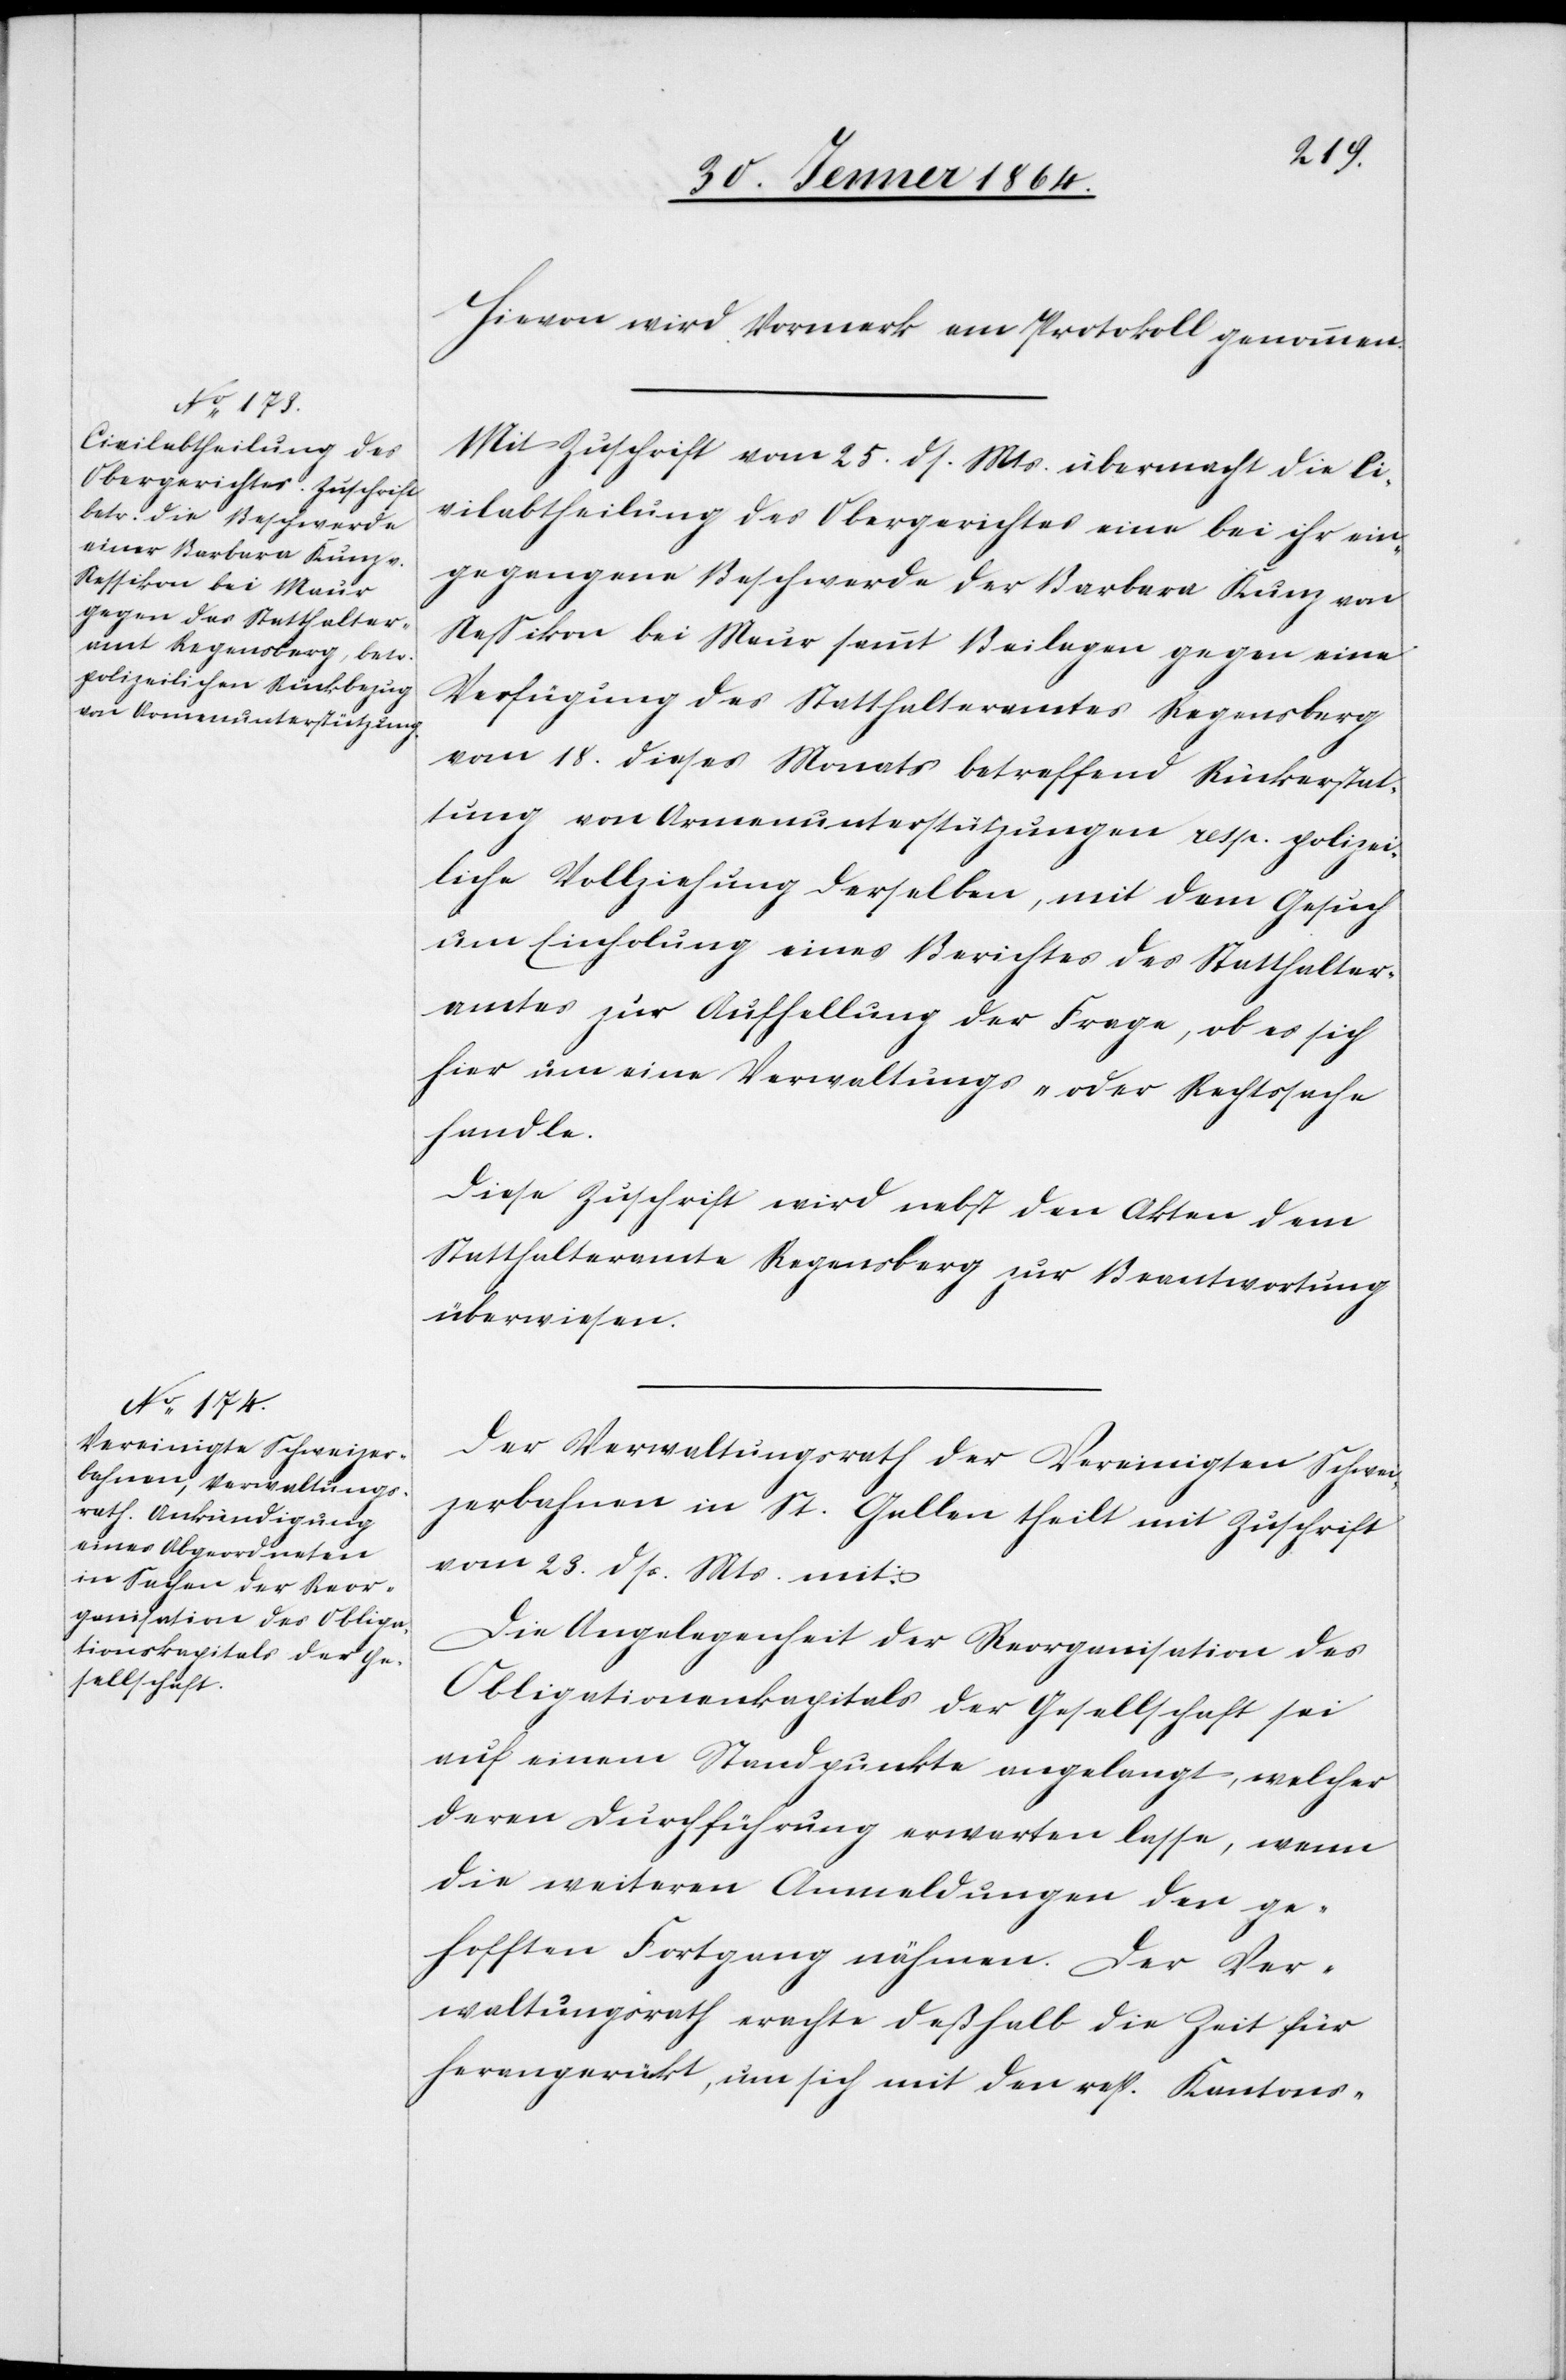
Hievon wird Vermerk am Protokoll genommen.
Mit Zuschrift vom 25. dss. Mts. übermacht die Ci¬
vilabtheilung des Obergerichtes eine bei ihr ein¬
gegangene Beschwerde der Barbara Kunz von
Nessikon bei Maur sammt Beilagen gegen eine
Verfügung des Statthalteramtes Regensberg
vom 18. dieses Monats betreffend Rückerstat¬
tung von Armenunterstützungen resp. polizei¬
liche Vollziehung derselben, mit dem Gesuch
um Einholung eines Berichtes des Statthalter¬
amtes zur Aufhellung der Frage, ob es sich
hier um eine Verwaltungs- oder Rechtssache
handle.
Diese Zuschrift wird nebst den Akten dem
Statthalteramte Regensberg zur Beantwortung
überwiesen.
Der Verwaltungsrath der Vereinigten Schwei¬
zerbahnen in St. Gallen theilt mit Zuschrift
vom 23. dss. Mts. mit:
Die Angelegenheit der Reorganisation des
Obligationenkapitals der Gesellschaft sei
auf einem Standpunkte angelangt, welcher
deren Durchführung erwarten lasse, wenn
die weiteren Anmeldungen den ge¬
hofften Fortgang nähmen. Der Ver¬
waltungsrath erachte deßhalb die Zeit für
herangerückt, um sich mit den resp. Kantons-